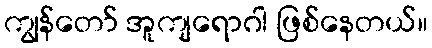
ကျွန်တော် အူကျရောဂါ ဖြစ်နေတယ်။